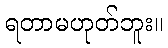
ရတာမဟုတ်ဘူး။